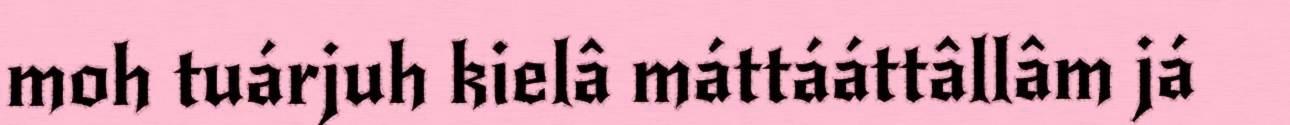
moh tuárjuh kielâ máttááttâllâm já